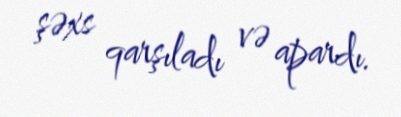
şəxs qarşıladı və apardı.